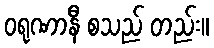
ဝရုဏာနီ စသည် တည်း။